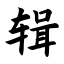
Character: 辑